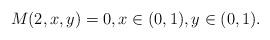
LaTeX: \begin{align*}M(2,x,y)=0, x\in(0,1), y\in(0,1).\end{align*}